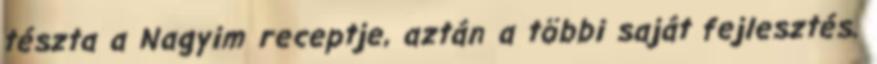
tészta a Nagyim receptje, aztán a többi saját fejlesztés.